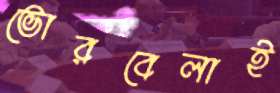
ভোরবেলাই